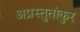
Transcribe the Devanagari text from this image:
अप्रस्तुतांकुर